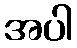
အပါ